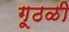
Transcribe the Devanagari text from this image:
गूठळी